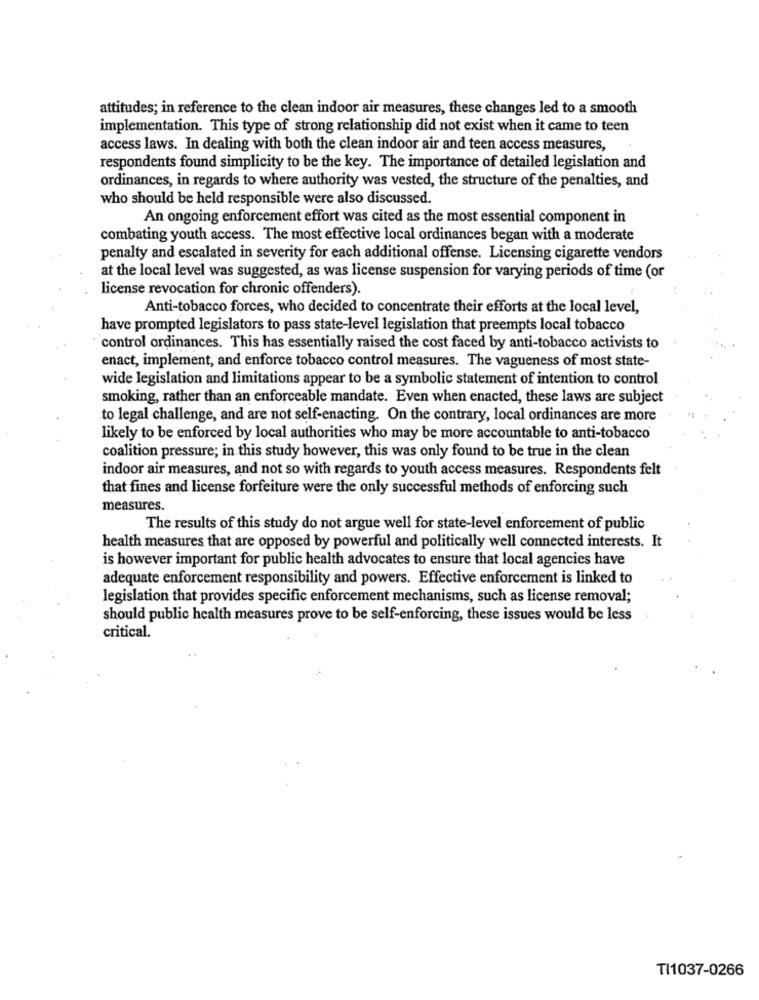
attitudes; in reference to the clean indoor air measures, these changes led to a smooth
implementation. This type of strong relationship did not exist when it came to teen
access laws. In dealing with both the clean indoor air and teen access measures,
respondents found simplicity to be the key. The importance of detailed legislation and
ordinances, in regards to where authority was vested, the structure of the penalties, and
who should be held responsible were also discussed.
An ongoing enforcement effort was cited as the most essential component in
combating youth access. The most effective local ordinances began with a moderate
penalty and escalated in severity for each additional offense. Licensing cigarette vendors
at the local level was suggested, as was license suspension for varying periods of time (or
license revocation for chronic offenders).
Anti-tobacco forces, who decided to concentrate their efforts at the local level,
have prompted legislators to pass state-level legislation that preempts local tobacco
control ordinances. This has essentially raised the cost faced by anti-tobacco activists to
enact, implement, and enforce tobacco control measures. The vagueness of most state-
wide legislation and limitations appear to be a symbolic statement of intention to control
smoking, rather than an enforceable mandate. Even when enacted, these laws are subject
to legal challenge, and are not self-enacting. On the contrary, local ordinances are more
likely to be enforced by local authorities who may be more accountable to anti-tobacco
coalition pressure; in this study however, this was only found to be true in the clean
indoor air measures, and not so with regards to youth access measures. Respondents felt
that fines and license forfeiture were the only successful methods of enforcing such
measures.
The results of this study do not argue well for state-level enforcement of public
health measures that are opposed by powerful and politically well connected interests. It
is however important for public health advocates to ensure that local agencies have
adequate enforcement responsibility and powers. Effective enforcement is linked to
legislation that provides specific enforcement mechanisms, such as license removal;
should public health measures prove to be self-enforcing, these issues would be less
critical.
TI1037-0266